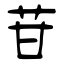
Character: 苷